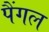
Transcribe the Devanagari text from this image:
पैंगल